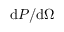
\mathrm { d } P / \mathrm { d } \Omega